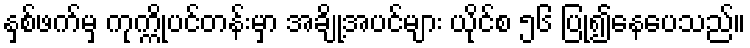
နှစ်ဖက်မှ ကုက္ကိုပင်တန်းမှာ အချို့အပင်များ ယိုင်စ ၅၆ ပြု၍နေပေသည်။